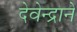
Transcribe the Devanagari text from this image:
देवेन्द्राने